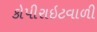
કોપીરાઇટવાળી